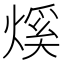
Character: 𤌳